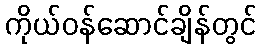
ကိုယ်ဝန်ဆောင်ချိန်တွင်